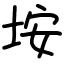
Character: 垵